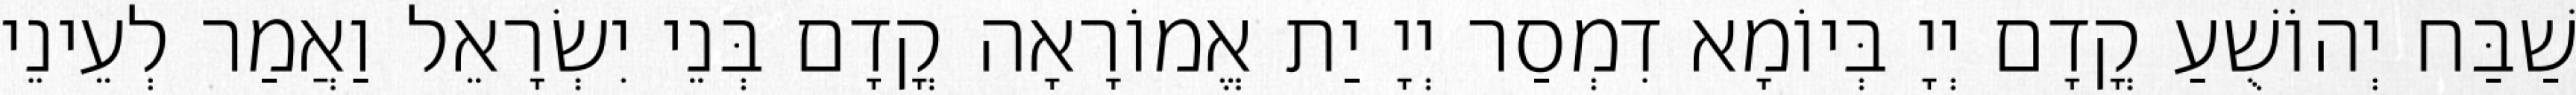
שַׁבַּח יְהוֹשֻׁעַ קֳדָם יְיָ בְּיוֹמָא דִמְסַר יְיָ יַת אֱמוֹרָאָה קֳדָם בְּנֵי יִשְׂרָאֵל וַאֲמַר לְעֵינֵי